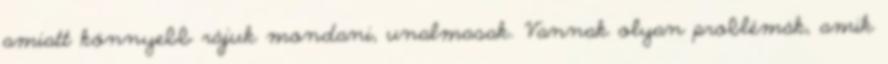
amiatt könnyebb rájuk mondani, unalmasak. Vannak olyan problémák, amik